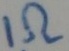
Text: 1Ω